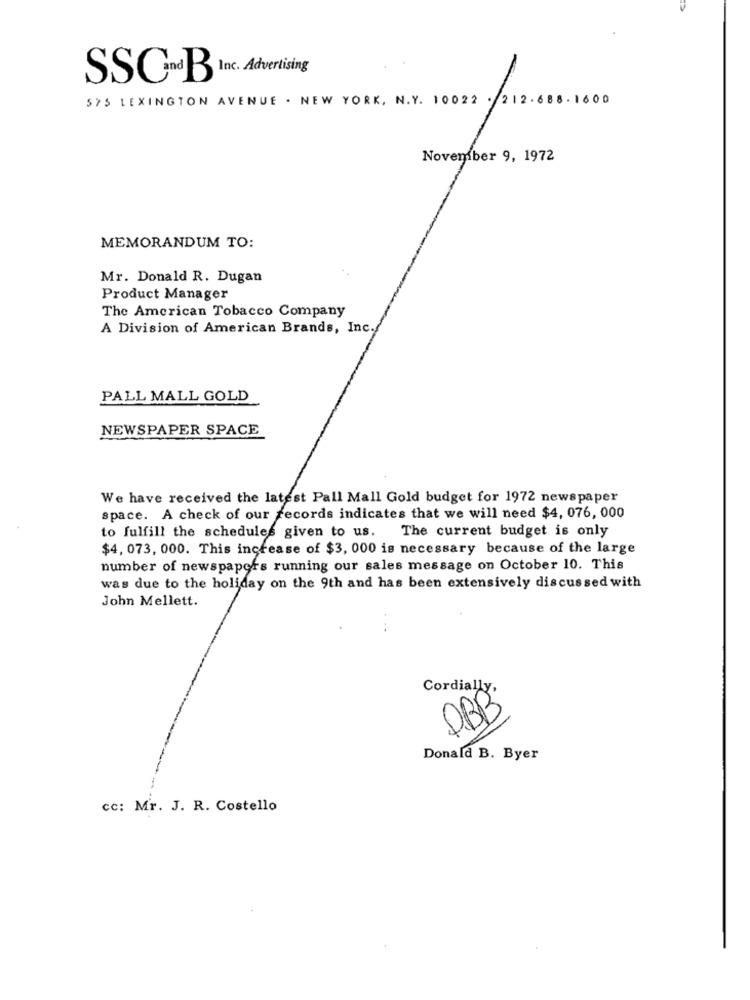
SSC-dBB Inc. Advertising
575 LEXINGTON AVENUE . NEW YORK, N.Y. 10022 . 212.688.1600
November 9, 1972
MEMORANDUM TO:
Mr. Donald R. Dugan
Product Manager
The American Tobacco Company
A Division of American Brands, Inc.
PALL MALL GOLD
NEWSPAPER SPACE
We have received the latest Pall Mall Gold budget for 1972 newspaper
space. A check of our records indicates that we will need $4, 076, 000
to fulfill the schedules given to us. The current budget is only
$4, 073, 000. This increase of $3, 000 is necessary because of the large
number of newspapers running our sales message on October 10. This
was due to the holiday on the 9th and has been extensively discussed with
John Mellett.
...
Cordially
OBB
Donald B. Byer
cc: Mr. J. R. Costello